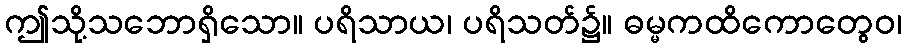
ဤသို့သဘောရှိသော။ ပရိသာယ၊ ပရိသတ်၌။ ဓမ္မကထိကောတွေဝ၊